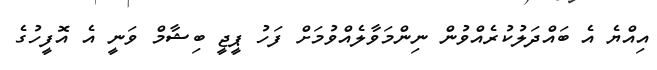
އިއްޔެ އެ ބައްދަލުކުރެއްވުން ނިންމަވާލެއްވުމަށް ފަހު ޕީޖީ ބިޝާމް ވަނީ އެ އޮފީހުގެ